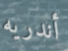
أندريه